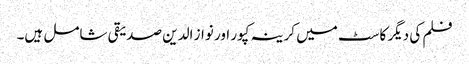
فلم کی دیگر کاسٹ میں کرینہ کپور اور نواز الدین صدیقی شامل ہیں۔